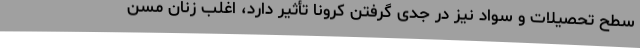
سطح تحصیلات و سواد نیز در جدی گرفتن کرونا تأثیر دارد، اغلب زنان مسن